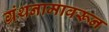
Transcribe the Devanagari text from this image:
ग्रंथनामावरून